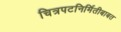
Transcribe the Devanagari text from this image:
चित्रपटनिर्मितीबाबत